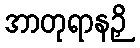
အာတုရာနဉှိ